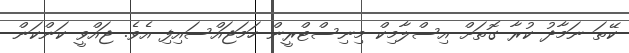
ކޭތަ ނަމާދު ކުރާ ގޮތަށް އިސްލާމިކް މިނިސްޓްރީން ހަމަޖައްސައިފި އެވެ. ޖައްވީ ކަންކަން